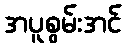
အပူစွမ်းအင်